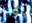
توب